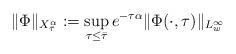
LaTeX: \begin{align*} \| \Phi \|_{X^\alpha_{\bar \tau}}:= \sup_{\tau \le \bar \tau} e^{-\tau \alpha} \| \Phi(\cdot, \tau)\|_{L^\infty_w}\end{align*}